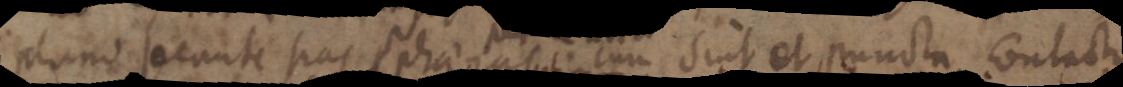
plano secante has sphaeras cum sint et puncta contactus